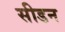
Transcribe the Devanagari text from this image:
सीडन